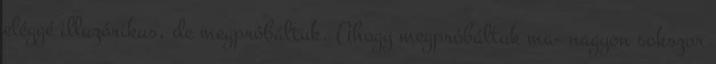
eléggé illuzórikus, de megpróbáltuk. Ahogy megpróbáltuk ma- nagyon sokszor